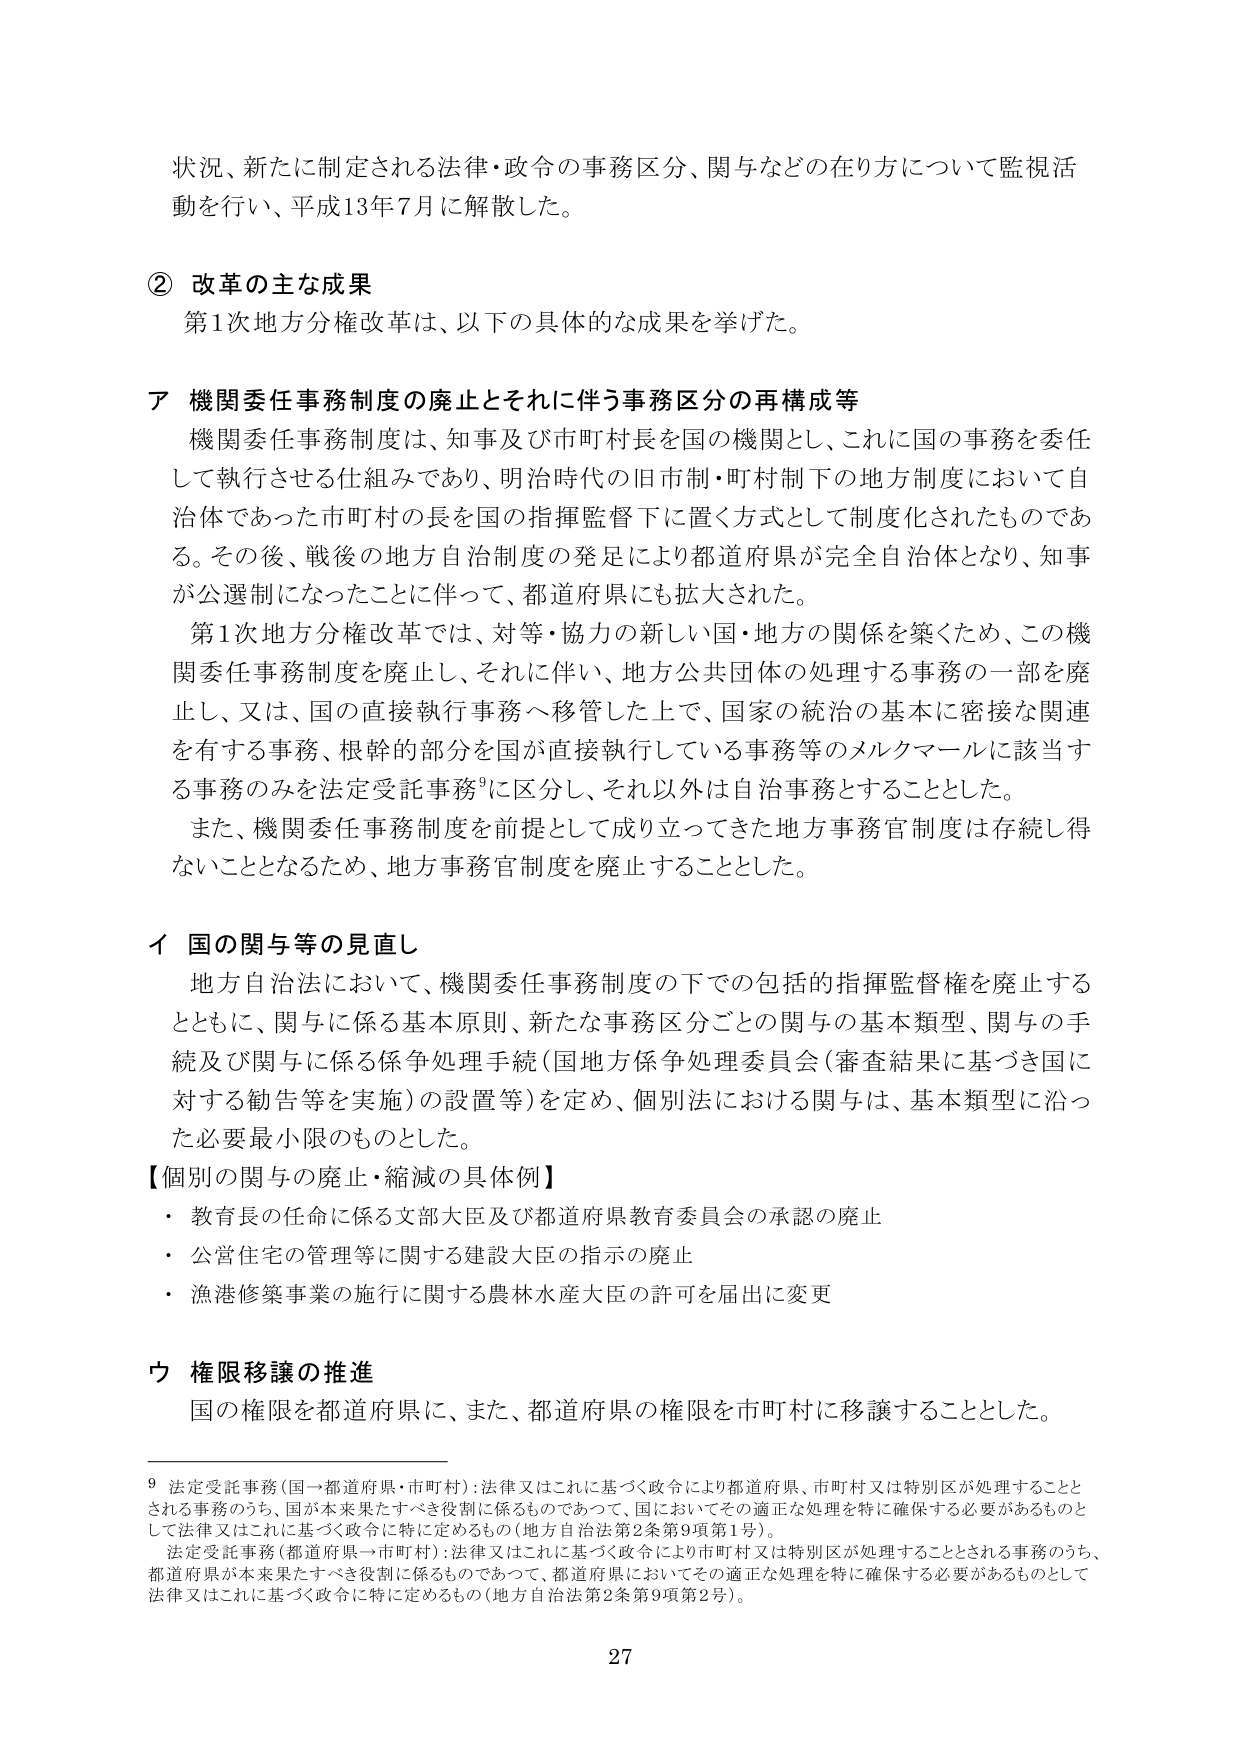
状況、新たに制定される法律・政令の事務区分、関与などの在り方について監視活動を行い、平成13年7月に解散した。

② 改革の主な成果
第1次地方分権改革は、以下の具体的な成果を挙げた。

ア 機関委任事務制度の廃止とそれに伴う事務区分の再構成等
機関委任事務制度は、知事及び市町村長を国の機関とし、これに国の事務を委任して執行させる仕組みであり、明治時代の旧市制・町村制下の地方制度において自治体であった市町村の長を国の指揮監督下に置く方式として制度化されたものである。その後、戦後の地方自治制度の発足により都道府県が完全自治体となり、知事が公選制になったことに伴って、都道府県にも拡大された。
第1次地方分権改革では、対等・協力の新しい国・地方の関係を築くため、この機関委任事務制度を廃止し、それに伴い、地方公共団体の処理する事務の一部を廃止し、又は、国の直接執行事務へ移管した上で、国家の統治の基本に密接な関連を有する事務、根幹的部分を国が直接執行している事務等のメルクマールに該当する事務のみを法定受託事務⁹に区分し、それ以外は自治事務とすることとした。
また、機関委任事務制度を前提として成り立ってきた地方事務官制度は存続し得ないこととなるため、地方事務官制度を廃止することとした。

イ 国の関与等の見直し
地方自治法において、機関委任事務制度の下での包括的指揮監督権を廃止するとともに、関与に係る基本原則、新たな事務区分ごとの関与の基本類型、関与の手続及び関与に係る係争処理手続（国地方係争処理委員会（審査結果に基づき国に対する勧告等を実施）の設置等）を定め、個別法における関与は、基本類型に沿った必要最小限のものとした。
【個別の関与の廃止・縮減の具体例】
・ 教育長の任命に係る文部大臣及び都道府県教育委員会の承認の廃止
・ 公営住宅の管理等に関する建設大臣の指示の廃止
・ 漁港修築事業の施行に関する農林水産大臣の許可を届出に変更

ウ 権限移譲の推進
国の権限を都道府県に、また、都道府県の権限を市町村に移譲することとした。

⁹ 法定受託事務（国→都道府県・市町村）：法律又はこれに基づく政令により都道府県、市町村又は特別区が処理することとされる事務のうち、国が本来果たすべき役割に係るものであって、国においてその適正な処理を特に確保する必要があるものとして法律又はこれに基づく政令に特に定めるもの（地方自治法第2条第9項第1号）。
法定受託事務（都道府県→市町村）：法律又はこれに基づく政令により市町村又は特別区が処理することとされる事務のうち、都道府県が本来果たすべき役割に係るものであって、都道府県においてその適正な処理を特に確保する必要があるものとして法律又はこれに基づく政令に特に定めるもの（地方自治法第2条第9項第2号）。

27